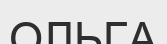
ОЛЬГА